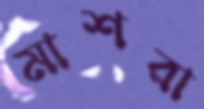
মাশরা